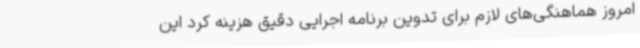
امروز هماهنگی‌های لازم برای تدوین برنامه اجرایی دقیق هزینه کرد این